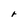
Character: r